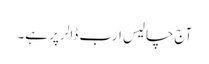
آج چالیس ارب ڈالر پر ہے۔